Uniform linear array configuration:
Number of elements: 64
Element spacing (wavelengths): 1
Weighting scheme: hamming
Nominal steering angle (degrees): -60
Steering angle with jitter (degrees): -58.506
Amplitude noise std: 0.05
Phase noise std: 0.05

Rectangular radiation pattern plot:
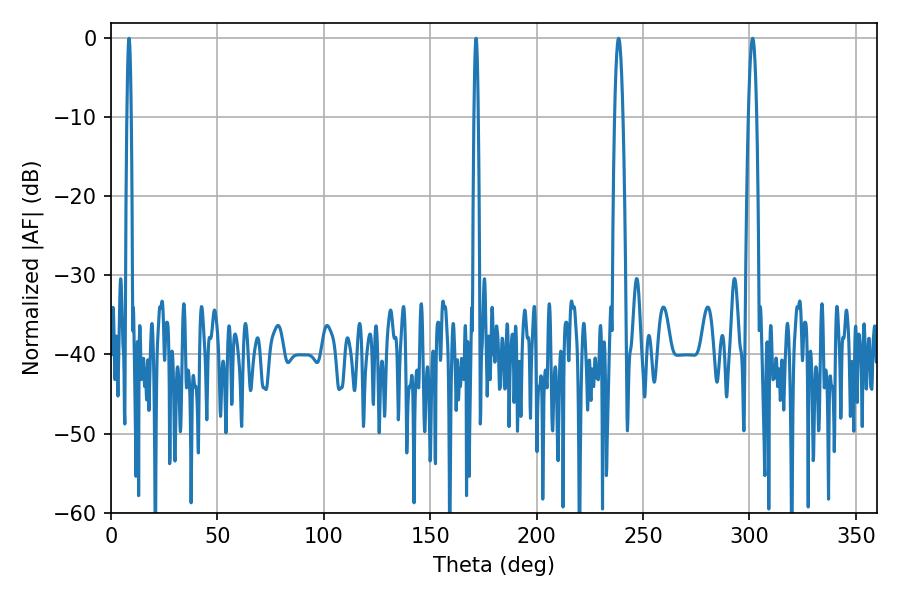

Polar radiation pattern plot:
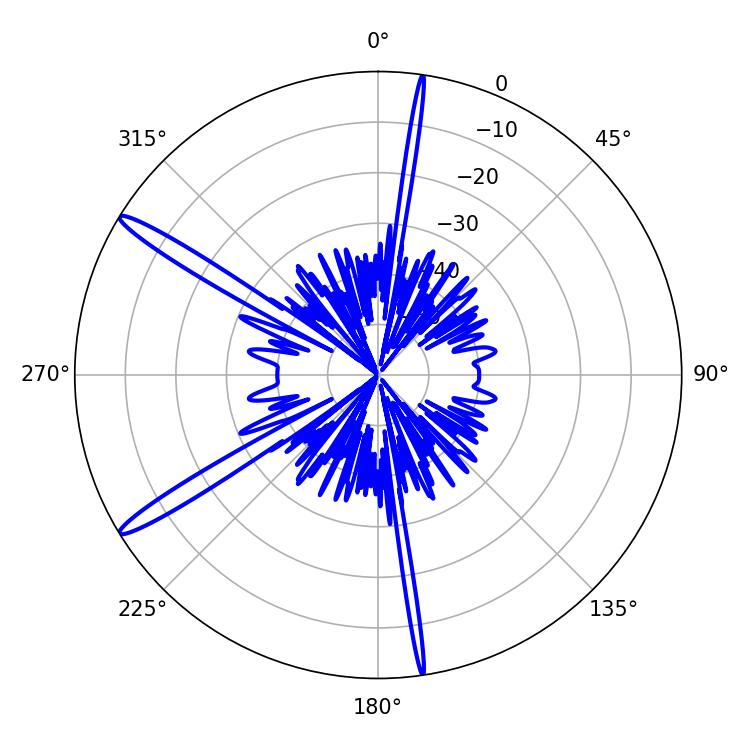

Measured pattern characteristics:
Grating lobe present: TRUE
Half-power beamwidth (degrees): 1.08
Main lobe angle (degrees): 8.46